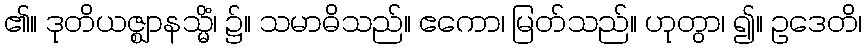
၏။ ဒုတိယဇ္ဈာနသ္မိံ၊ ၌။ သမာဓိသည်။ ဧကော၊ မြတ်သည်။ ဟုတွာ၊ ၍။ ဥဒေတိ၊